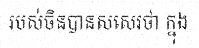
របស់ចិនបានសសេរថា ក្នុង